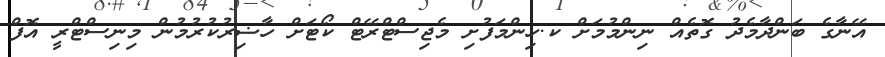
އޭނާގެ ބަންދާމެދު ގޮތެއް ނިންމުމަށް ކ.ހިންމަފުށި މެޖިސްޓްރޭޓް ކޯޓަށް ހާޟިރުކުރުމުން މިނިސްޓްރީ އޮފް